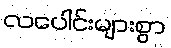
လပေါင်းများစွာ